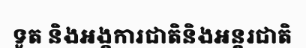
ទូត និងអង្គការជាតិនិងអន្តរជាតិ